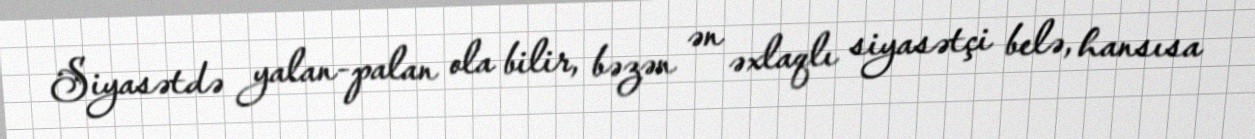
Siyasətdə yalan-palan ola bilir, bəzən ən əxlaqlı siyasətçi belə, hansısa